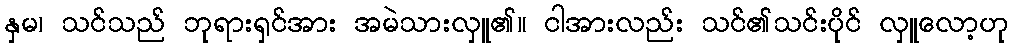
နှမ၊ သင်သည် ဘုရားရှင်အား အမဲသားလှူ၏။ ငါအားလည်း သင်၏သင်းပိုင် လှူလော့ဟု